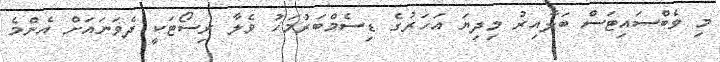
މި ވެބްސައިޓަސް ބަލާއިރު މިދިޔަ އަހަރުގެ ޑިސެމްބަރުމަހު ވެލާ ރިސޯޓަކީ ދެވަނައަށް އެންމެ